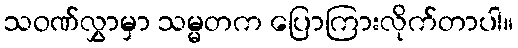
သဝဏ်လွှာမှာ သမ္မတက ပြောကြားလိုက်တာပါ။